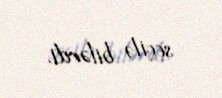
seçilə bilərdi.